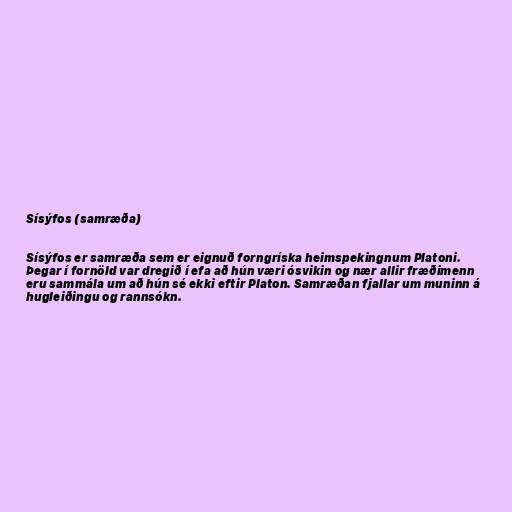
Sísýfos (samræða)

Sísýfos er samræða sem er eignuð forngríska heimspekingnum Platoni.
Þegar í fornöld var dregið í efa að hún væri ósvikin og nær allir fræðimenn
eru sammála um að hún sé ekki eftir Platon. Samræðan fjallar um muninn á
hugleiðingu og rannsókn.